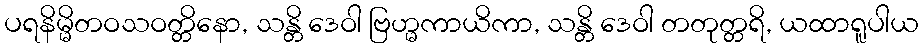
ပရနိမ္မိတဝသဝတ္တိနော, သန္တိ ဒေဝါ ဗြဟ္မကာယိကာ, သန္တိ ဒေဝါ တတုတ္တရိ, ယထာရူပါယ